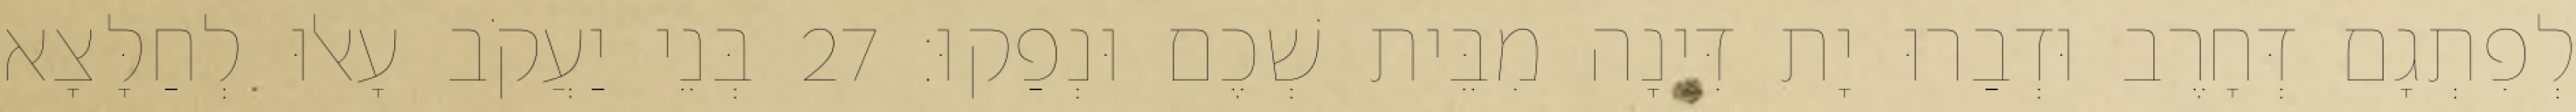
לְפִתְגָם דְּחָרֶב וּדְבַרוּ יָת דִּינָה מִבֵּית שְׁכֶם וּנְפַקוּ׃ 27 בְּנֵי יַעֲקֹב עָאלוּ לְחַלָּצָא